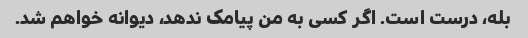
بله، درست است. اگر کسی به من پیامک ندهد، دیوانه خواهم شد.